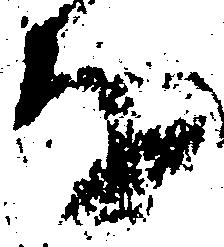
を